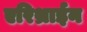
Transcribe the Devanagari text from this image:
एरिथ्राईन